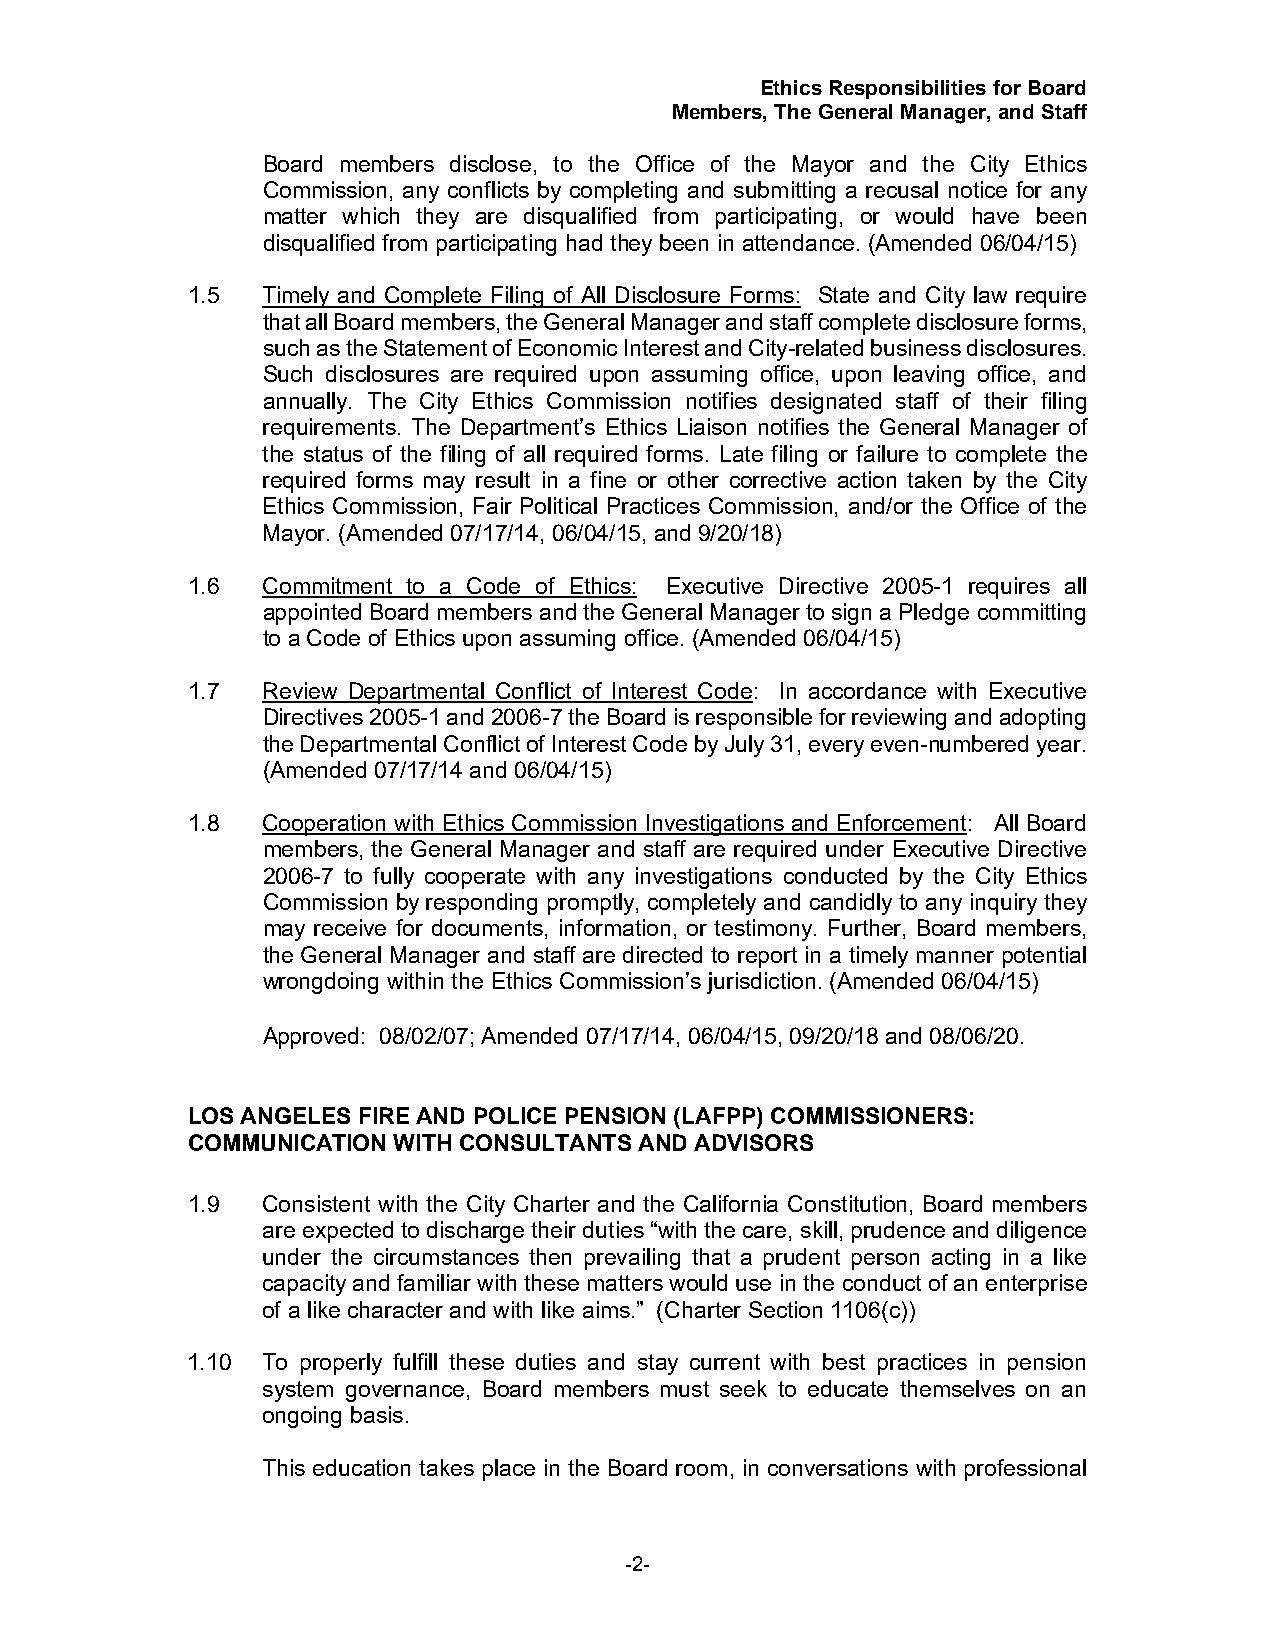
Ethics Responsibilities for Board
 Members, The General Manager, and Staff
 Board members disclose, to the Office of the Mayor and the City Ethics
 Commission, any conflicts by completing and submitting a recusal notice for any
 matter which they are disqualified from participating, or would have been
 disqualified from participating had they been in attendance. (Amended 06/04/15)
 1.5  Timely and Complete Filing of All Disclosure Forms: State and City law require
 that all Board members, the General Manager and staff complete disclosure forms,
 such as the Statement of Economic Interest and City-related business disclosures.
 Such disclosures are required upon assuming office, upon leaving office, and
 annually. The City Ethics Commission notifies designated staff of their filing
 requirements. The Department’s Ethics Liaison notifies the General Manager of
 the status of the filing of all required forms. Late filing or failure to complete the
 required forms may result in a fine or other corrective action taken by the City
 Ethics Commission, Fair Political Practices Commission, and/or the Office of the
 Mayor. (Amended 07/17/14, 06/04/15, and 9/20/18)
 1.6  Commitment to a Code of Ethics: Executive Directive 2005-1 requires all
 appointed Board members and the General Manager to sign a Pledge committing
 to a Code of Ethics upon assuming office. (Amended 06/04/15)
 1.7  Review Departmental Conflict of Interest Code: In accordance with Executive
 Directives 2005-1 and 2006-7 the Board is responsible for reviewing and adopting
 the Departmental Conflict of Interest Code by July 31, every even-numbered year.
 (Amended 07/17/14 and 06/04/15)
 1.8  Cooperation with Ethics Commission Investigations and Enforcement: All Board
 members, the General Manager and staff are required under Executive Directive
 2006-7 to fully cooperate with any investigations conducted by the City Ethics
 Commission by responding promptly, completely and candidly to any inquiry they
 may receive for documents, information, or testimony. Further, Board members,
 the General Manager and staff are directed to report in a timely manner potential
 wrongdoing within the Ethics Commission’s jurisdiction. (Amended 06/04/15)
 Approved: 08/02/07; Amended 07/17/14, 06/04/15, 09/20/18 and 08/06/20.
 LOS ANGELES FIRE AND POLICE PENSION (LAFPP) COMMISSIONERS:
 COMMUNICATION WITH CONSULTANTS AND ADVISORS
 1.9  Consistent with the City Charter and the California Constitution, Board members
 are expected to discharge their duties “with the care, skill, prudence and diligence
 under the circumstances then prevailing that a prudent person acting in a like
 capacity and familiar with these matters would use in the conduct of an enterprise
 of a like character and with like aims.” (Charter Section 1106(c))
 1.10 To properly fulfill these duties and stay current with best practices in pension
 system governance, Board members must seek to educate themselves on an
 ongoing basis.
 This education takes place in the Board room, in conversations with professional
 -2-